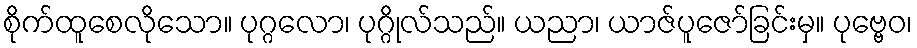
စိုက်ထူစေလိုသော။ ပုဂ္ဂလော၊ ပုဂ္ဂိုလ်သည်။ ယညာ၊ ယာဇ်ပူဇော်ခြင်းမှ။ ပုဗ္ဗေဝ၊